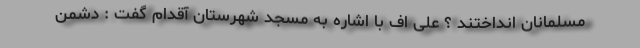
مسلمانان انداختند ؟ علی اف با اشاره به مسجد شهرستان آقدام گفت : دشمن